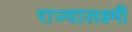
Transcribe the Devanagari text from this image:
राज्यालक्ष्मी